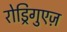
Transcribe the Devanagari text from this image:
रोड्रिगुएज़